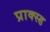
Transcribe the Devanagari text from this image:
प्राक्स्ड